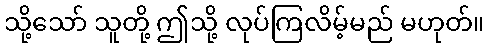
သို့သော် သူတို့ ဤသို့ လုပ်ကြလိမ့်မည် မဟုတ်။